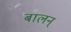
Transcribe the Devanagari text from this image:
बालन्